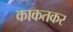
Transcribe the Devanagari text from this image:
काकतकर